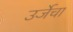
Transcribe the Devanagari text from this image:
उर्जेचा